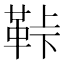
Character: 鞐